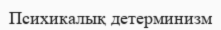
Психикалық детерминизм